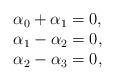
LaTeX: \begin{align*}\begin{array}[c]{l}\alpha_{0}+\alpha_{1}=0,\\\alpha_{1}-\alpha_{2}=0,\\\alpha_{2}-\alpha_{3}=0,\end{array}\end{align*}